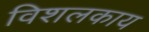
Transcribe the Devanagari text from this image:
विशलकाय